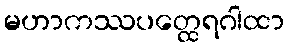
မဟာကဿပတ္ထေရဂါထာ